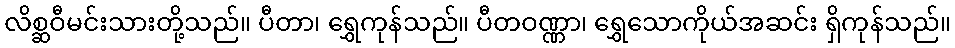
လိစ္ဆဝီမင်းသားတို့သည်။ ပီတာ၊ ရွှေကုန်သည်။ ပီတဝဏ္ဏာ၊ ရွှေသောကိုယ်အဆင်း ရှိကုန်သည်။